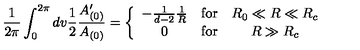
\frac { 1 } { 2 \pi } \int _ { 0 } ^ { 2 \pi } d v \frac { 1 } { 2 } \frac { A _ { ( 0 ) } ^ { \prime } } { A _ { ( 0 ) } } = \left\{ \begin{array} { c c c } { - \frac { 1 } { d - 2 } \frac { 1 } { R } } & { \mathrm { f o r } } & { R _ { 0 } \ll R \ll R _ { c } } \\ { 0 } & { \mathrm { f o r } } & { R \gg R _ { c } } \\ \end{array} \right.